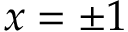
x = \pm 1